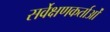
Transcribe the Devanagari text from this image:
सर्वेक्षणकर्ताओं